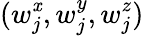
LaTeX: (w_{j}^{\mathit{x}},w_{j}^{y},w_{j}^{z})